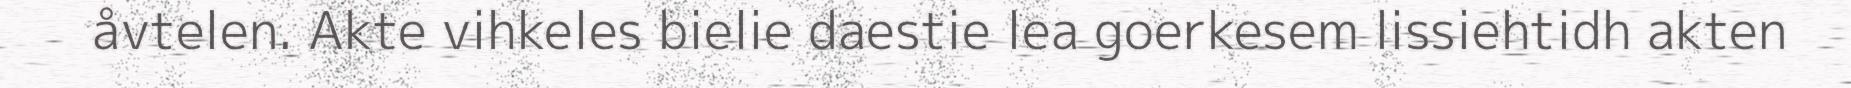
åvtelen. Akte vihkeles bielie daestie lea goerkesem lissiehtidh akten